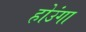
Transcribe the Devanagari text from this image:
होउंगा